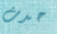
حدث